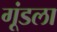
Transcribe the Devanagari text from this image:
गूंडला